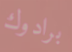
برادوك